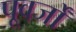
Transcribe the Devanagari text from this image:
पूवर्जों